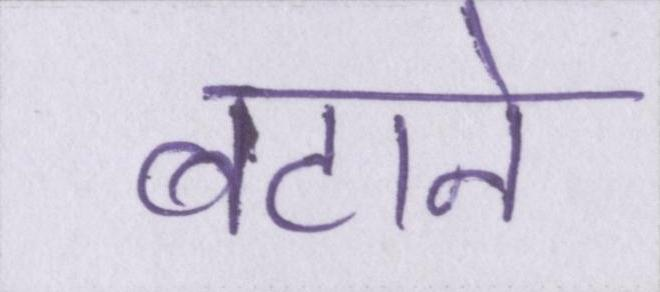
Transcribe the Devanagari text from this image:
बटाने